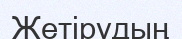
Жетірудың